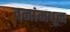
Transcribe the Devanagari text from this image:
वनांमधून